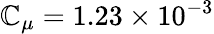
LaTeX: \mathbb{C}_{\mu}=1.23\times10^{-3}